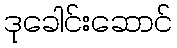
ဒုခေါင်းဆောင်